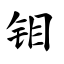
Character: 钼